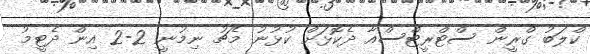
ކްލަބު ގްރީން ސްޓްރީޓްސްއާ ދެކޮޅަށް ކުޅުނު މެޗު ނިމުނީ 2-2 އިން ދެޓީމު